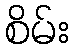
စိမ်း